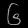
Digit: ၆